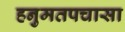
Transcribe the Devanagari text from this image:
हनुमतपचासा